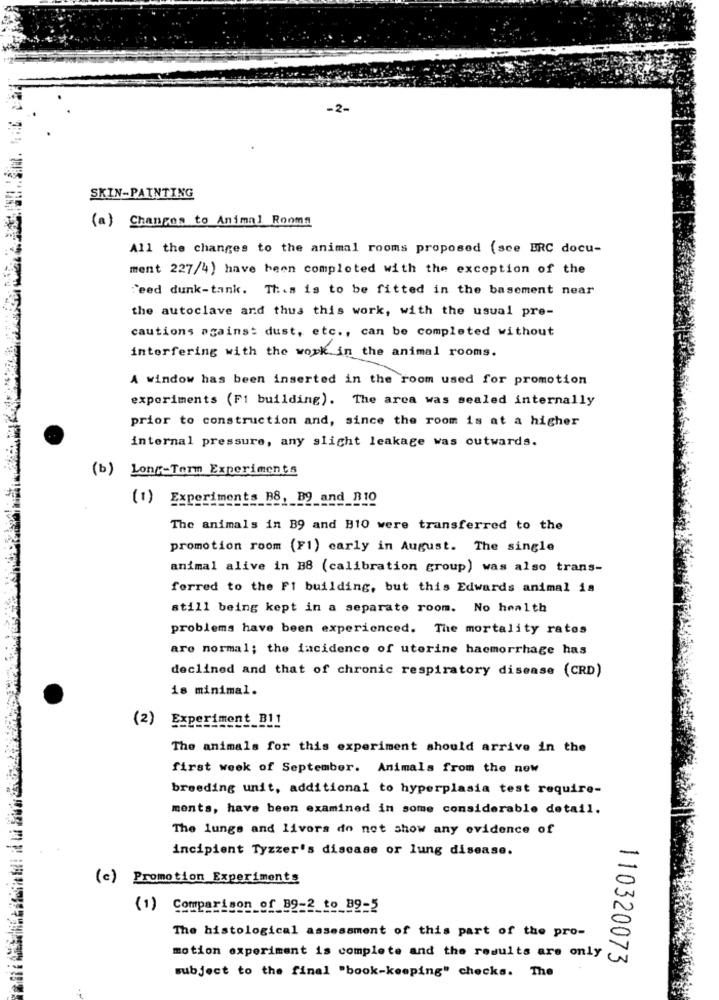
-2-
SKIN-PAINTING
(a) Changes to Animal Rooms
All the changes to the animal rooms proposed (see ERC docu-
ment 227/4) have been completed with the exception of the
Feed dunk-tank. This is to be fitted in the basement near
the autoclave and thus this work, with the usual pre-
cautions against dust, etc ., can be completed without
interfering with the work in the animal rooms.
A window has been inserted in the room used for promotion
experiments (Fi building). The area was sealed internally
prior to construction and, since the room is at a higher
internal pressure, any slicht leakage was outwards.
(b) Long-Term Experiments
(1) Experiments_B8, B9_and _B10
The animals in B9 and B10 were transferred to the
promotion room (F1) carly in August. The single
animal alive in B8 (calibration group) was also trans-
ferred to the Fi building, but this Edwards animal is
still being kept in a separate room. No health
problems have been experienced. The mortality rates
are normal; the incidence of uterine haemorrhage has
declined and that of chronic respiratory disease (CRD)
is minimal.
(2)
Experiment_B11
The animals for this experiment should arrive in the
first week of September. Animals from the new
breeding unit, additional to hyperplasia test require-
ments, have been examined in some considerable detail.
The lungs and livers do not show any evidence of
incipient Tyzzer's disease or lung disease.
(c) Promotion Experiments
(1) Comparison_of_89-2_to_89-5
The histological assessment of this part of the pro-
motion experiment is complete and the results are only
110320073
subject to the final "book-keeping" checks. The